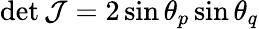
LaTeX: \operatorname*{det}\mathcal{J}=2\sin\theta_{p}\sin\theta_{q}